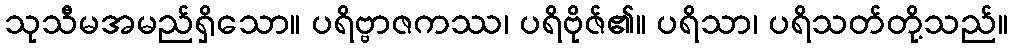
သုသီမအမည်ရှိသော။ ပရိဗ္ဗာဇကဿ၊ ပရိဗိုဇ်၏။ ပရိသာ၊ ပရိသတ်တို့သည်။